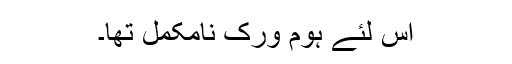
اس لئے ہوم ورک نامکمل تھا۔